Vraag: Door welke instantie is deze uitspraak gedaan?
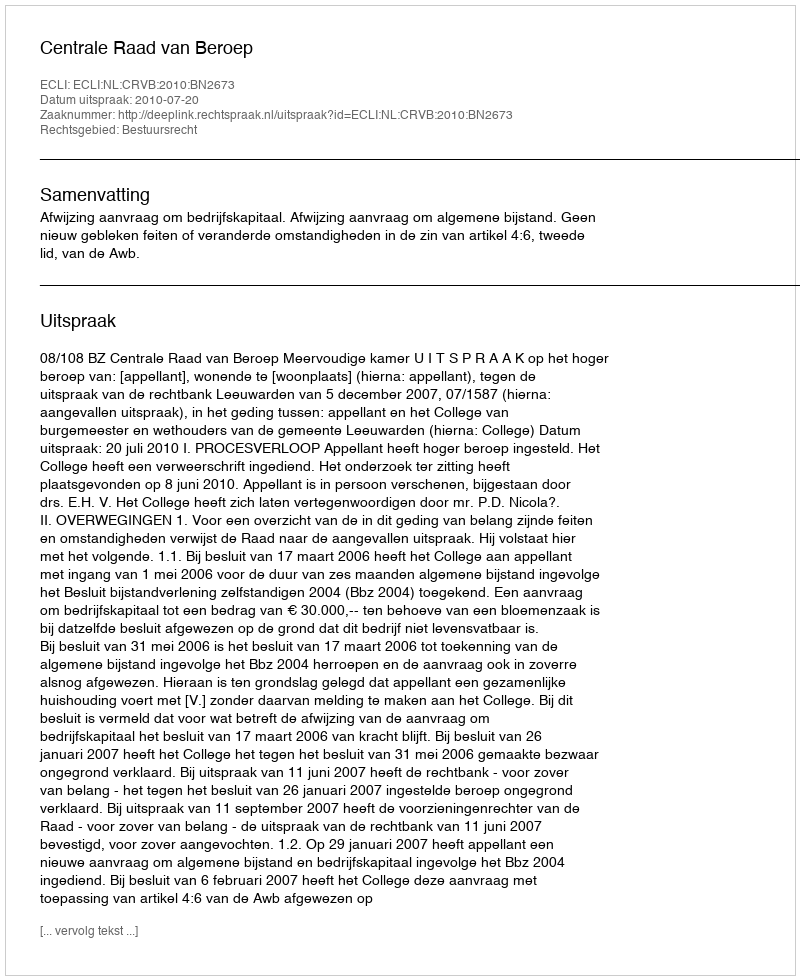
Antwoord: Centrale Raad van Beroep